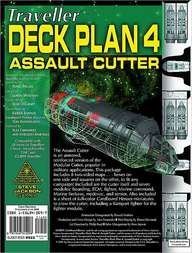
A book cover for Traveller Deck Plan 4:  Assault Cutter (Gurps); Steve Jackson Games; Science Fiction & Fantasy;